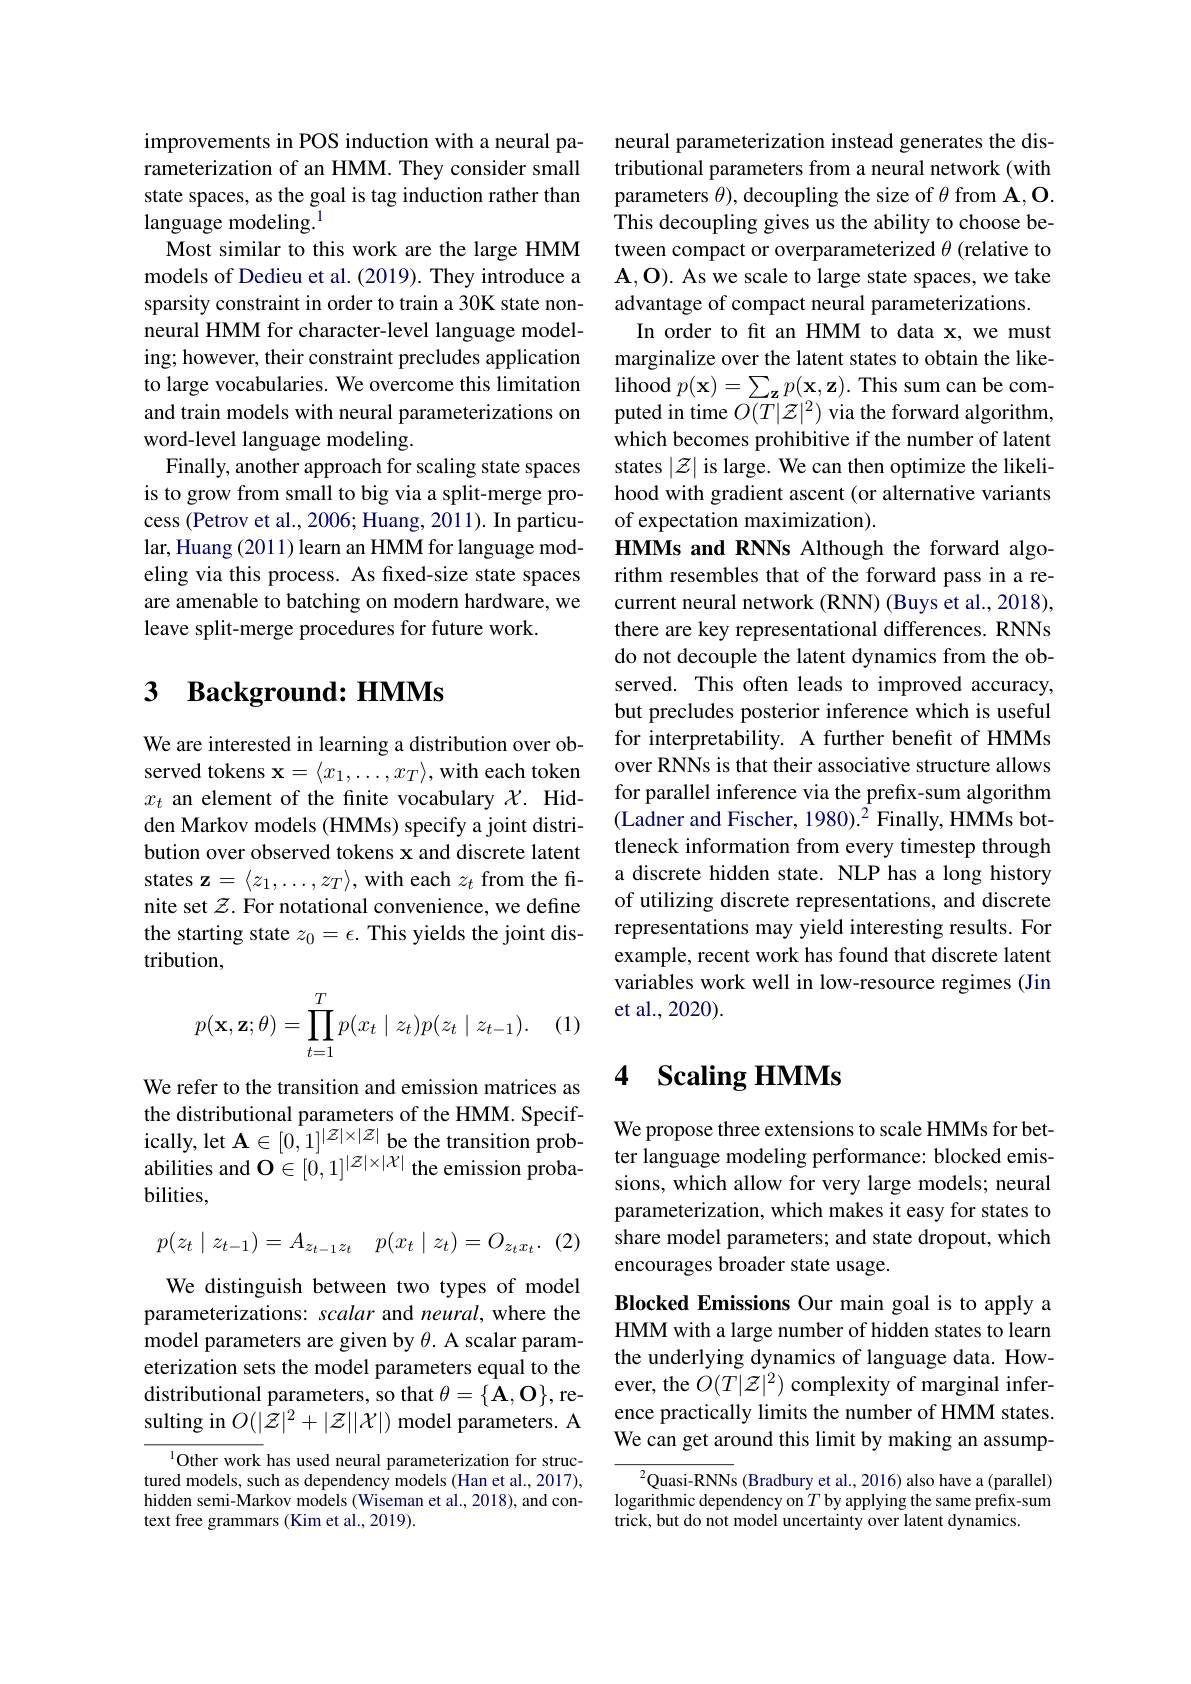
improvements in POS induction with a neural parameterization of an HMM. They consider small state spaces, as the goal is tag induction rather than language modeling.$^{1}$
Most similar to this work are the large HMM models of Dedieu et al. (2019). They introduce a sparsity constraint in order to train a 30K state nonneural HMM for character-level language modeling; however, their constraint precludes application to large vocabularies. We overcome this limitation and train models with neural parameterizations on word-level language modeling.
Finally, another approach for scaling state spaces is to grow from small to big via a split-merge process (Petrov et al., 2006; Huang, 2011). In particular, Huang (2011) learn an HMM for language modeling via this process. As fixed-size state spaces are amenable to batching on modern hardware, we leave split-merge procedures for future work.

# 3 Background: HMMs

We are interested in learning a distribution over observed tokens $\mathbf{x}=\langle x_1,\ldots,x_T\rangle$,with each token $x_t$ an element of the finite vocabulary $\chi.$ Hidden Markov models (HMMs) specify a joint distribution over observed tokens x and discrete latent states $\mathbf{z}=\langle z_1,\ldots,z_T\rangle$, with each $z_t$ from the finite set $\mathcal{Z}$. For notational convenience, we define the starting state $z_0=\epsilon.$ This yields the joint distribution,

(1)
$$\begin{aligned}p(\mathbf{x},\mathbf{z};\theta)=\prod_{t=1}^Tp(x_t\mid z_t)p(z_t\mid z_{t-1}).\end{aligned}$$
We refer to the transition and emission matrices as the distributional parameters of the HMM. Specifically, let $\mathbf{A}\in[0,1]^{|\mathcal{Z}|\times|\mathcal{Z}|}$ be the transition probabilities and $\mathbf{O}\in[0,1]^{|\mathcal{Z}|\times|\mathcal{X}|}$ the emission probabilities,

(2)
$$p(z_t\mid z_{t-1})=A_{z_{t-1}z_t}\quad p(x_t\mid z_t)=O_{z_tx_t}.$$
We distinguish between two types of model parameterizations: scalar and neural, where the model parameters are given by $\theta.$ A scalar parameterization sets the model parameters equal to the distributional parameters, so that $\theta=\{\mathbf{A},\mathbf{O}\}$,resulting in $O(|\mathcal{Z}|^2+|\mathcal{Z}||\mathcal{X}|)$ model parameters. A

$^{1}$Other work has used neural parameterization for structured models, such as dependency models (Han et al., 2017), hidden semi-Markov models (Wiseman et al., 2018), and context free grammars (Kim et al., 2019).

neural parameterization instead generates the distributional parameters from a neural network (with parameters $\theta)$, decoupling the size of $\theta$ from A$,\mathbf{O}.$ This decoupling gives us the ability to choose between compact or overparameterized $\theta$ (relative to A,O). As we scale to large state spaces, we take advantage of compact neural parameterizations.
In order to fit an HMM to data x, we must marginalize over the latent states to obtain the like- $\operatorname*{lihood}p(\mathbf{x})=\sum_{\mathbf{z}}p(\mathbf{x},\mathbf{z}).$This sum can be computed in time $O(\overline{T}|\mathcal{Z}|^{2})$ via the forward algorithm, which becomes prohibitive if the number of latent states $|\mathcal{Z}|$ is large. We can then optimize the likelihood with gradient ascent (or alternative variants of expectation maximization).
HMMs and RNNs Although the forward algorithm resembles that of the forward pass in a recurrent neural network (RNN) (Buys et al., 2018), there are key representational differences. RNNs do not decouple the latent dynamics from the observed. This often leads to improved accuracy, but precludes posterior inference which is useful for interpretability. A further benefit of HMMs over RNNs is that their associative structure allows for parallel inference via the prefix-sum algorithm (Ladner and Fischer, 1980).$^2$ Finally, HMMs bottleneck information from every timestep through a discrete hidden state. NLP has a long history of utilizing discrete representations, and discrete representations may yield interesting results. For example, recent work has found that discrete latent variables work well in low-resource regimes (Jin et al., 2020).

# 4 Scaling HMMs

We propose three extensions to scale HMMs for better language modeling performance: blocked emissions, which allow for very large models; neural parameterization, which makes it easy for states to share model parameters; and state dropout, which encourages broader state usage.

Blocked Emissions Our main goal is to apply a HMM with a large number of hidden states to learn the underlying dynamics of language data. However, the $O(T|\mathcal{Z}|^2)$ complexity of marginal inference practically limits the number of HMM states. We can get around this limit by making an assump-

$^{2}$Quasi-RNNs (Bradbury et al., 2016) also have a (parallel) logarithmic dependency on $T$ by applying the same prefix-sum trick, but do not model uncertainty over latent dynamics.